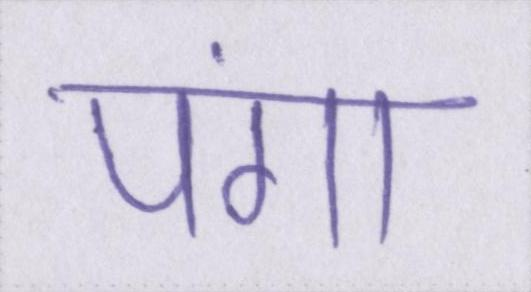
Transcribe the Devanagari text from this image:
पंगा